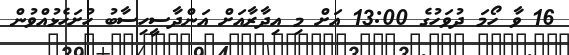
16 ވާ ހޯމަ ދުވަހުގެ 13:00 އަށް މި އިދާރާއަށް އަންދާސީހިސާބު ހުށަހެޅުއްވުން